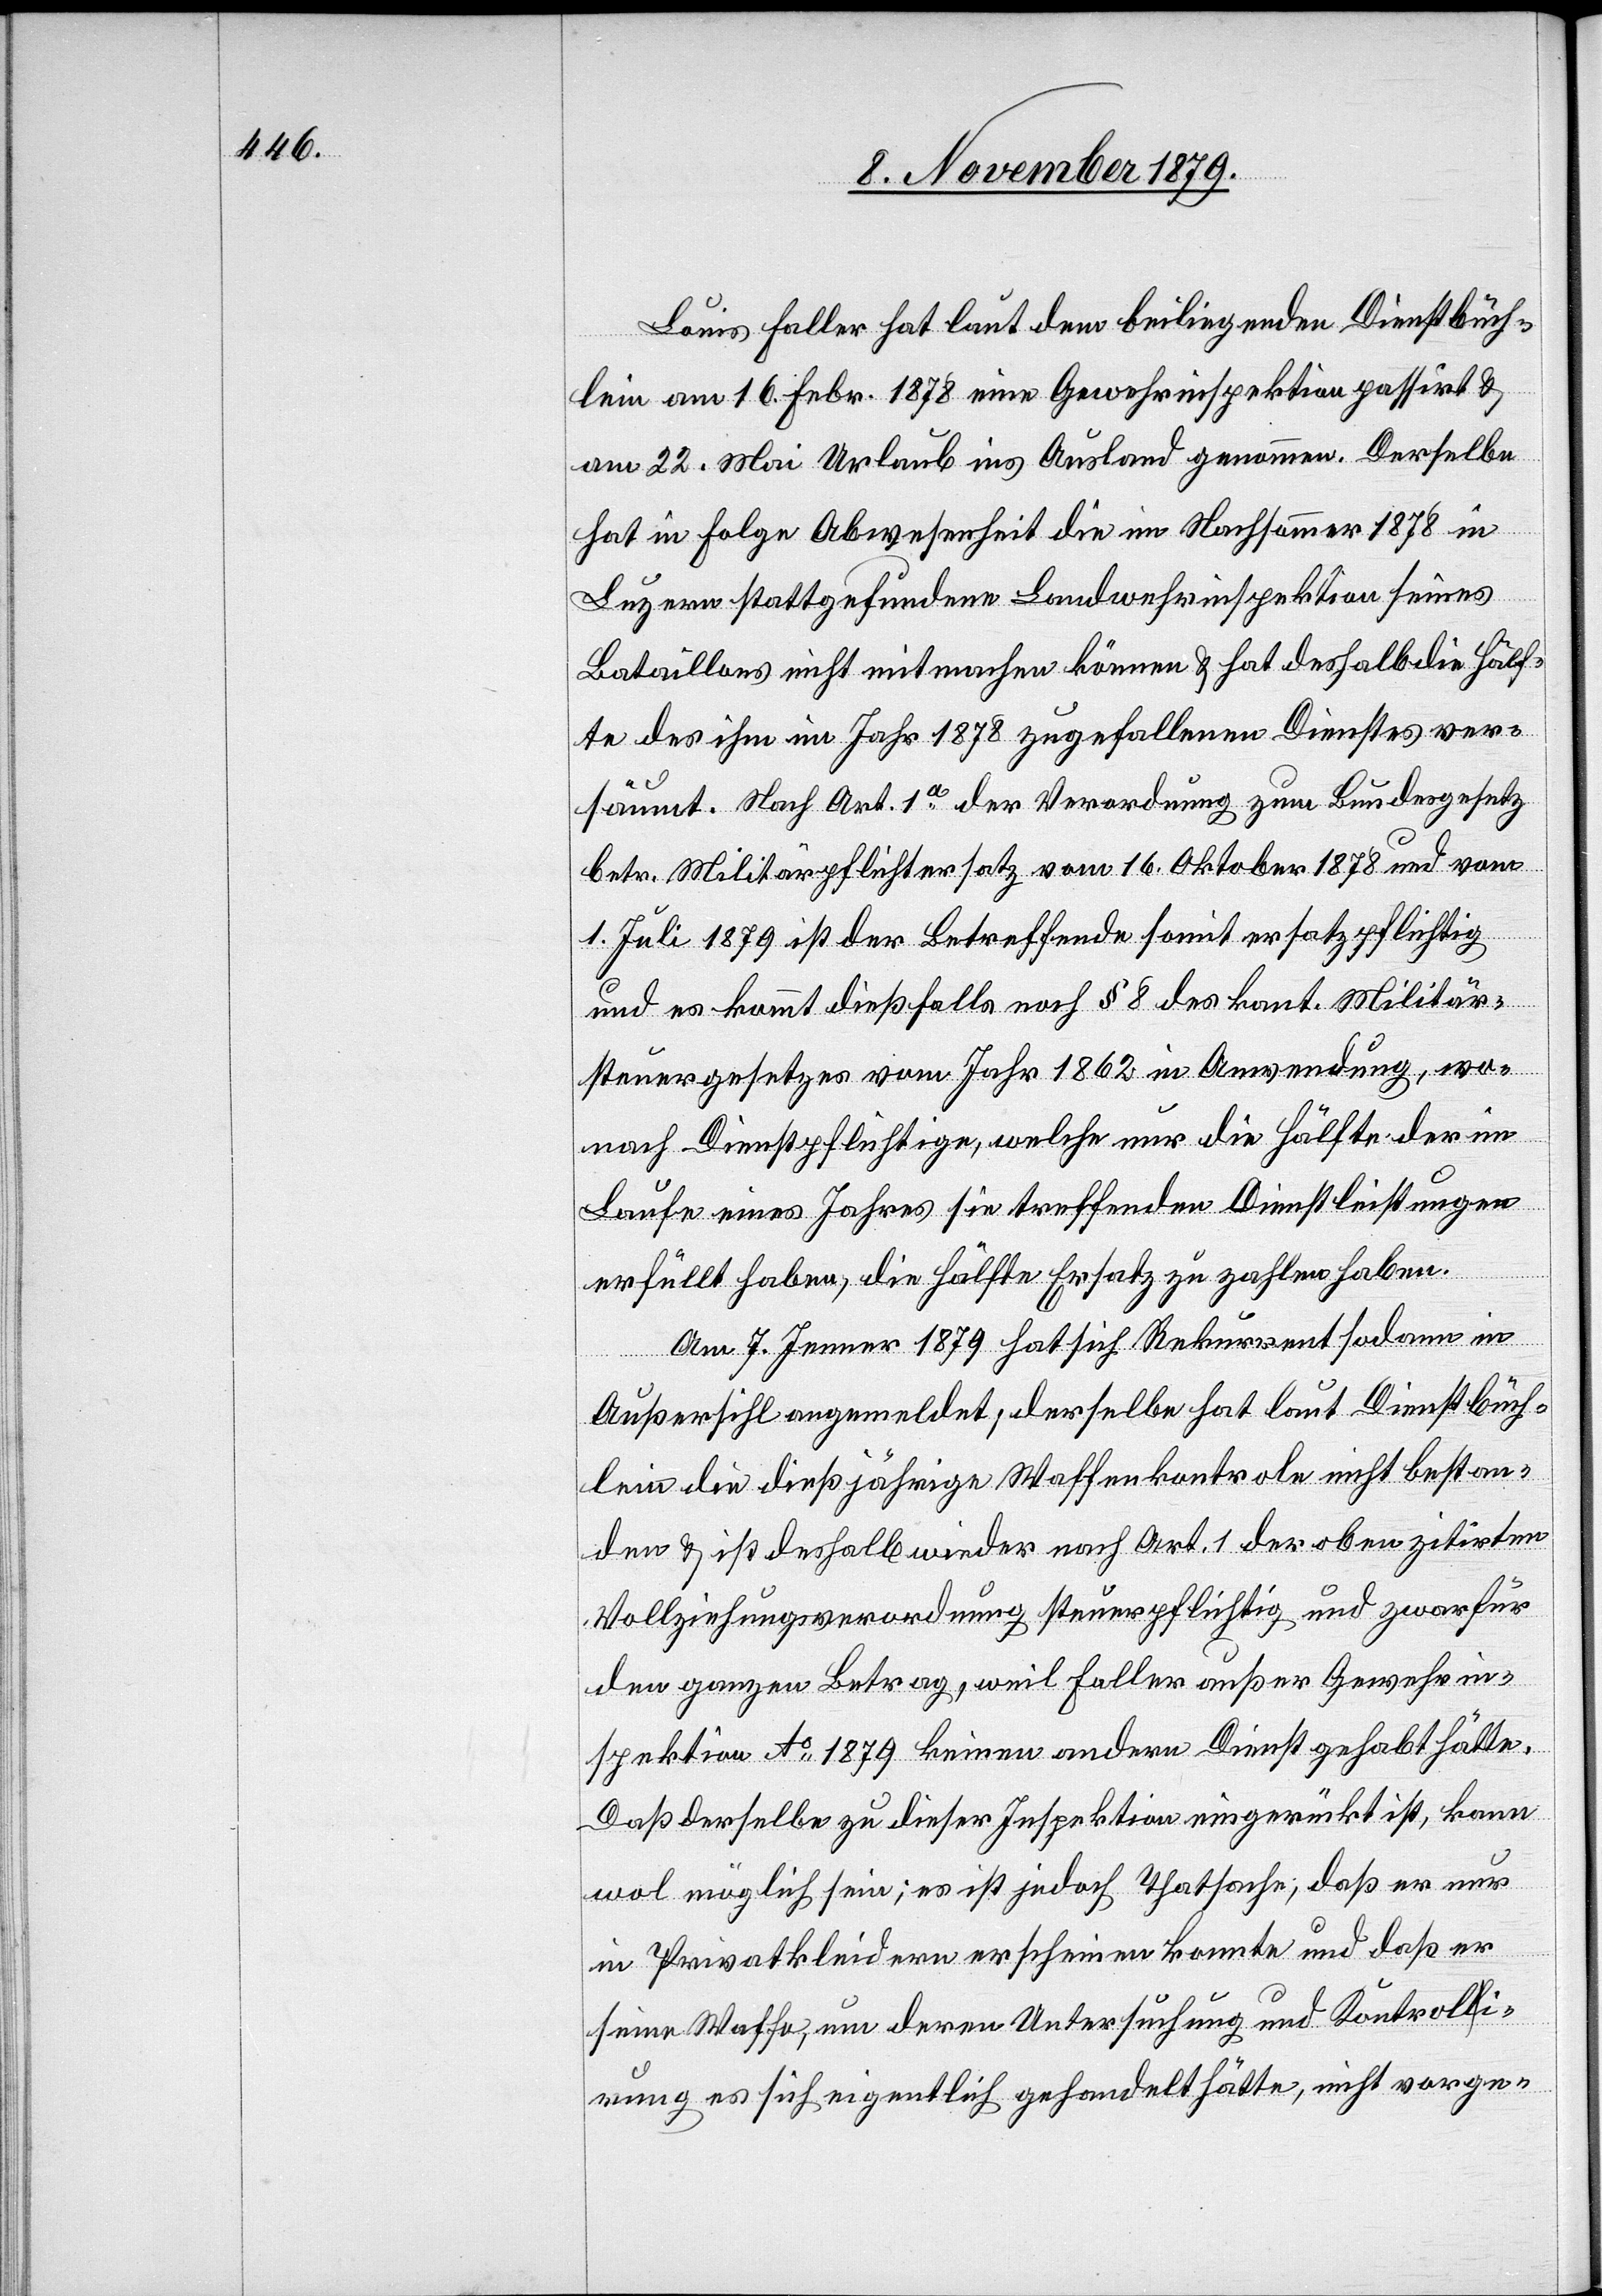
Louis Faller hat laut dem beiliegenden Dienstbüch¬
lein am 16. Febr. 1878 eine Gewehrinspektion passirt &
am 22. Mai Urlaub ins Ausland genommen. Derselbe
hat in Folge Abwesenheit die im Hochsommer 1878 in
Luzern stattgefundene Landwehrinspektion seines
Bataillons nicht mitmachen können & hat deshalb die Hälf¬
te des ihm im Jahr 1878 zugefallenen Dienstes ver¬
säumt. Nach Art. 1a der Verordnung zum Bundesgesetz
betr. Militärpflichtersatz vom 16. Oktober 1878 und vom
1. Juli 1879 ist der Betreffende somit ersatzpflichtig
und es kommt dießfalls noch § 8 des kant. Militär¬
steuergesetzes vom Jahr 1862 in Anwendung, wo¬
nach Dienstpflichtige, welche nur die Hälfte der im
Laufe eines Jahres sie treffenden Dienstleistungen
erfüllt haben, die Hälfte Ersatz zu zahlen haben.
Am 7. Jenner 1879 hat sich Rekurrent sodann in
Außersihl angemeldet, derselbe hat laut Dienstbüch¬
lein die dießjährige Waffenkontrole nicht bestan¬
den & ist deshalb wieder nach Art. 1 der oben zitirten
Vollziehungsverordnung steuerpflichtig und zwar für
den ganzen Betrag, weil Faller außer Gewehrin¬
spektion Ao 1879 keinen andern Dienst gehabt hätte.
Daß derselbe zu dieser Inspektion eingerückt ist, kann
wol möglich sein; es ist jedoch Thatsache, daß er nur
in Privatkleidern erscheinen konnte und daß er
seine Waffe, um deren Untersuchung und Kontrolli¬
rung es sich eigentlich gehandelt hätte, nicht vorge-